Report of the Hyderabad Chloroform Commission
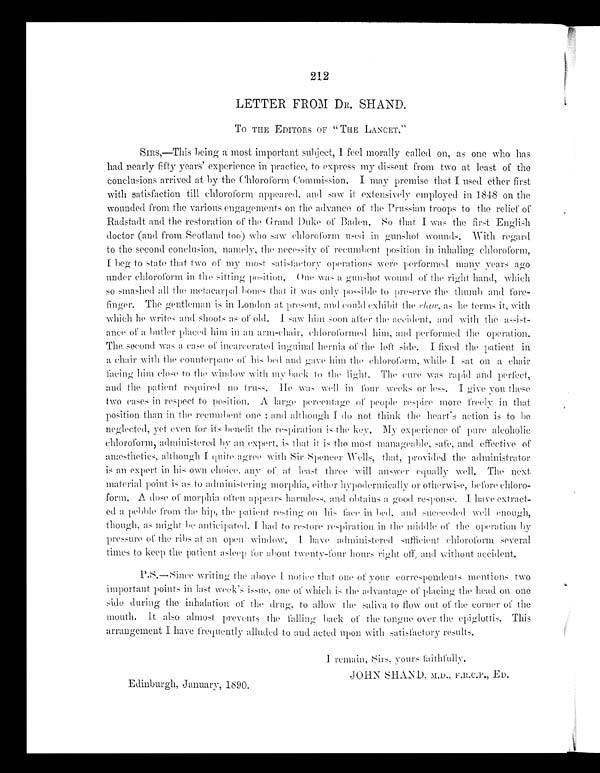
LETTER FROM DR. SHAND.
TO THE EDITORS OF " THE LANCET."
SIRS,—This being a most important subject, I feel morally called on, as one who has
had nearly fifty years' experience in practice, to express my dissent from two at least of the
conclusions arrived at by the Chloroform Commission. I may premise that I used ether first
with satisfaction till chloroform appeared, and saw it extensively employed in 1848 on the
wounded from the various engagements on the advance of the Prussian troops to the relief of
Radstadt and the restoration of the Grand Duke of Baden. So that I was the first English
doctor (and from Scotland too) who saw chloroform used in gunshot wounds. With regard
to the second conclusion, namely, the necessity of recumbent position in inhaling chloroform,
I beg to state that two of my most satisfactory operations were performed many years ago
under chloroform in the sitting position. One was a gunshot wound of the right hand, which
so smashed all the metacarpal bones that it was only possible to preserve the thumb and fore
-
finger. The gentleman is in London at present, and could exhibit thec l a w ,
a s
he terms it, with
whi c h he wr i t e s a nd s hoot s a s of ol d. I s a w hi m s oon a f t e r t he a c c i de nt , a nd w i t h
the
assist
-
ance of a butler placed him in an arm-chair, chloroformed him, and performed the operation.
The second was a case of incarcerated inguinal hernia of the left side. I fixed the patient in
a chair with the counterpane of his bed and gave him the chloroform, while I s a t
on a chair
facing him close to the window with my back to the light. The cure was rapid and perfect,
and the patient required no truss. He was well in four weeks or less. I give you these
two cases in respect to position. A large percentage of people respire more freely in that
position than in the recumbent one; and although I do not think the heart's action is to be
neglected, yet even for its benefit the respiration is the key. My experience of pure alcoholic
chloroform, administered by an expert, is that it is the most manageable, safe, and effective of
anæsthetics, although I quite agree with Sir Spencer Wells, that, provided the administrator
is an expert in h is own choice, any of at least three will answer equally well. The next
material point is as to a d m i n i s t e r i n gmorphia, either hypodermically or otherwise, before chloro
-
form. A dose of morphia often appears harmless, and obtains a good response. I have extract
-
ed a pebble from the hip, the patient resting on his face in bed, and succeeded well enough,
though, as might be anticipated, I had to r e s t o r e
r e s p i r a t i o n i n t h e
m i d d l e o ft
h e
operation
by
pressure of the ribs at an open window. I have administered sufficient chloroform several
times to keep the patient asleep for about twenty-four hours right off, and without accident.
P.S.—Since writing the above I notice that one of your correspondents mentions two
important points in last week's issue, one of which is the advantage of placing the head on one
side during the inhalation of the drug, to allow the saliva to flow out of the corner of the
mouth. It also al most prevents the falling back of the tongue over the epiglottis. This
arrangement I have frequently alluded to and acted upon with satisfactory results.
I remain, Sirs, yours faithfully,
JOHN SHAND, M.D., F.R.C.P., ED.
Edinburgh, January, 1890.